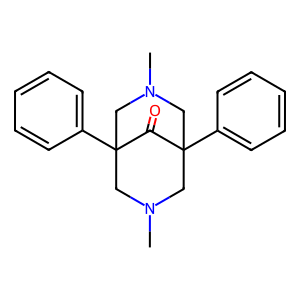
SMILES: CN1CC2(c3ccccc3)CN(C)CC(c3ccccc3)(C1)C2=O
Inhibits HIV replication: No